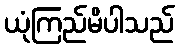
ယုံကြည်မိပါသည်